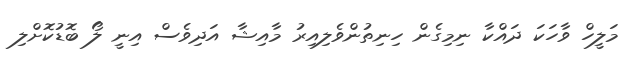
މަލީހް ވާހަކަ ދައްކާ ނިމިގެން ހިނިތުންވެލިއިރު މާއިޝާ އަދިވެސް އިނީ ލޯ ބޮޑުކޮށްލި